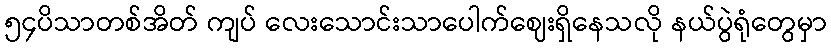
၅၄ပိသာတစ်အိတ် ကျပ် လေးသောင်းသာပေါက်ဈေးရှိနေသလို နယ်ပွဲရုံတွေမှာ